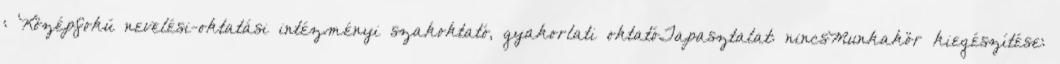
: Középfokú nevelési-oktatási intézményi szakoktató, gyakorlati oktatóTapasztalat: nincsMunkakör kiegészítése: